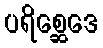
ပရိစ္ဆေဒေ